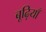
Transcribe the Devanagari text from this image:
बूढ़ियाँ